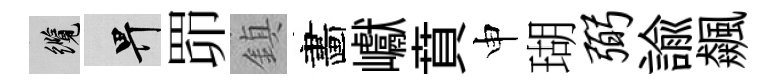
纜畀𦊑鎮畵巘賁申瑚弼諭飆